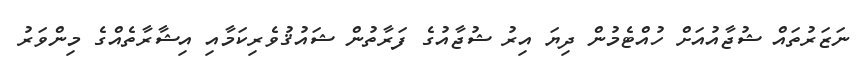
ނަޒަރުތައް ޝުޖާއުއަށް ހުއްޓެމުން ދިޔަ އިރު ޝުޖާއުގެ ފަރާތުން ޝައުޤުވެރިކަމާއި އިޝާރާތެއްގެ މިންވަރު